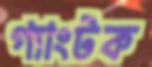
গ্যাংটক